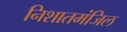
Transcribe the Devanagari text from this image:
निशातमंजिल